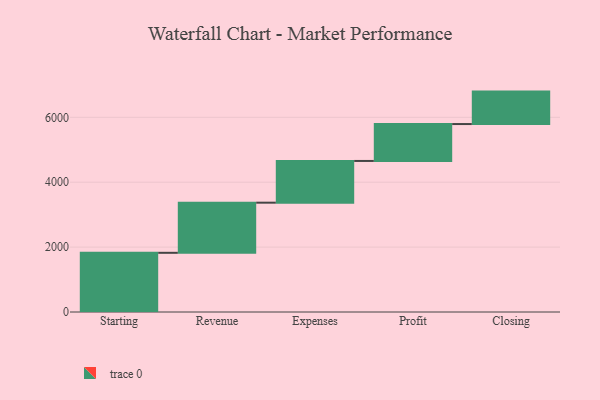
{"axis": {"x": "Step", "y": "Value"}, "legend": [""], "data": [{"x": "Starting", "y": 1824.0, "type": ""}, {"x": "Revenue", "y": 1545.0, "type": ""}, {"x": "Expenses", "y": 1286.0, "type": ""}, {"x": "Profit", "y": 1137.0, "type": ""}, {"x": "Closing", "y": 1000, "type": ""}]}